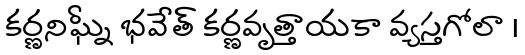
కర్ణనిఘ్నీ భవేత్ కర్ణవృత్తాయకా వ్యస్తగోలా ।